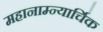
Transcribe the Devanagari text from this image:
महानाम्न्यार्चिक